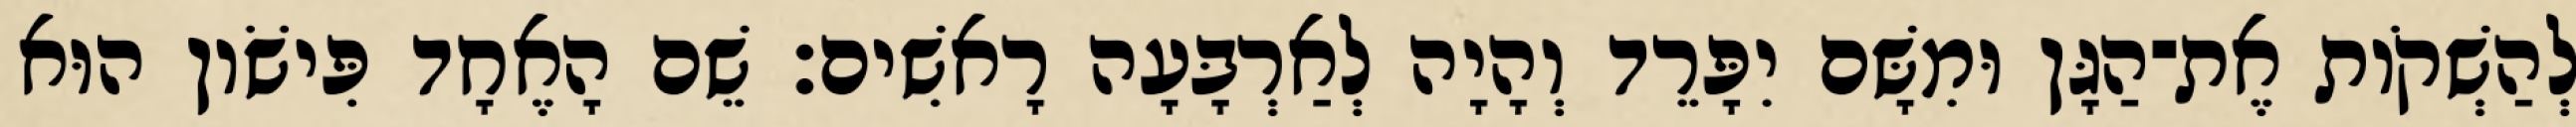
לְהַשְׁקֹות אֶת־הַגָּן וּמִשָּׁם יִפָּרֵד וְהָיָה לְאַרְבָּעָה רָאשִׁים׃ שֵׁם הָאֶחָד פִּישֹׁון הוּא